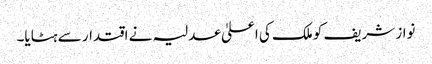
نواز شریف کو ملک کی اعلیٰ عدلیہ نے اقتدار سے ہٹایا۔